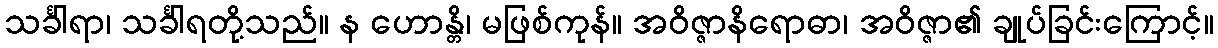
သင်္ခါရာ၊ သင်္ခါရတို့သည်။ န ဟောန္တိ၊ မဖြစ်ကုန်။ အဝိဇ္ဇာနိရောဓာ၊ အဝိဇ္ဇာ၏ ချုပ်ခြင်းကြောင့်။